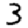
Digit: 3